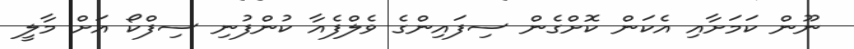
ނޫން ކަމަށާއި އެކަން ކޮށްގެން ސިފައިންގެ ވެލްފެއާ ކުންފުނި ސިފްކޯ އަށް މާލީ